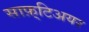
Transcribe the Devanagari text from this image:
साफ़्टिअयर